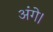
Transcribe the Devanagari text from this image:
अंगे।